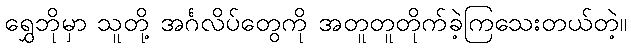
ရွှေဘိုမှာ သူတို့ အင်္ဂလိပ်တွေကို အတူတူတိုက်ခဲ့ကြသေးတယ်တဲ့။